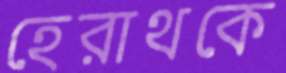
হেরাথকে